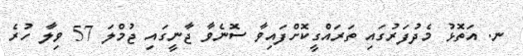
ނ. އަތޮޅު މެދުފަރުގައި ތަރައްގީކޮށްފައިވާ ސޮނެވާ ޖާނީގައި ޖުމްލަ 57 ވިލާ ހުރެ